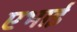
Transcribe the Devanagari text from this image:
एभाई